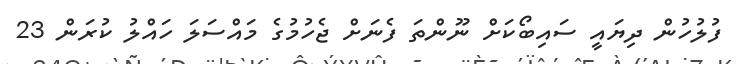
ފުލުހުން ދިޔައީ ސައިބޯކަށް ނޫންތަ ފެނަށް ޖެހުމުގެ މައްސަލަ ހައްލު ކުރަން 23